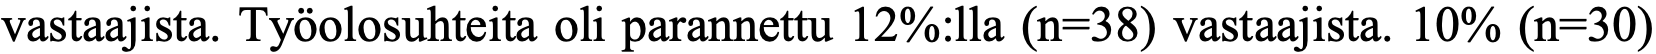
vastaajista. Työolosuhteita oli parannettu 12%:lla (n=38) vastaajista. 10% (n=30)